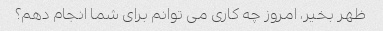
ظهر بخیر، امروز چه کاری می توانم برای شما انجام دهم؟